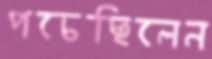
পচেছিলেন